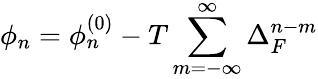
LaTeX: \phi_{n}=\phi_{n}^{\left(0\right)}-T\sum_{m=-\infty}^{\infty}\Delta_{F}^{n-m}